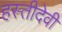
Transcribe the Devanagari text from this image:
हस्तीदेवी